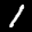
Label: 1